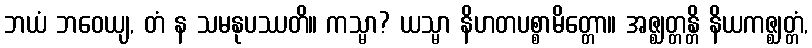
ဘယံ ဘဝေယျ, တံ န သမနုပဿတိ။ ကသ္မာ? ယသ္မာ နိဟတပစ္စာမိတ္တော။ အဇ္ဈတ္တန္တိ နိယကဇ္ဈတ္တံ,